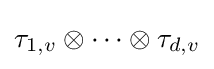
\tau _{1,v}\otimes \cdots \otimes \tau _{d,v}